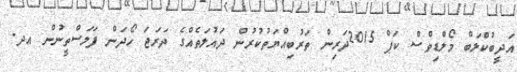
އަދީބުކްލަބް މޯލްޑިވްސް ކަޕް 2015ދަރިން ތަރުބިއްޔަތުކުރުން ދައުލަތެއްގެ ދަރަޖަ ހޯދަން ފަލަސްތީނުން އދ.